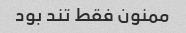
ممنون فقط تند بود